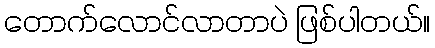
တောက်လောင်လာတာပဲ ဖြစ်ပါတယ်။